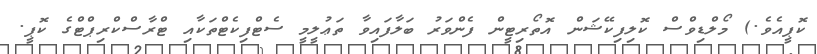
ކޮޕީއެވެ.) މޯލްޑިވްސް ކޮލިފިކޭޝަން އޮތޯރިޓީން ފެންވަރު ބަލާފައިވާ ތަޢުލީމީ ސެޓްފިކެޓްތަކާއި ޓްރާސްކްރިޕްޓްގެ ކޮޕީ.